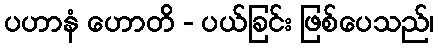
ပဟာနံ ဟောတိ - ပယ်ခြင်း ဖြစ်ပေသည်၊